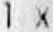
1 X